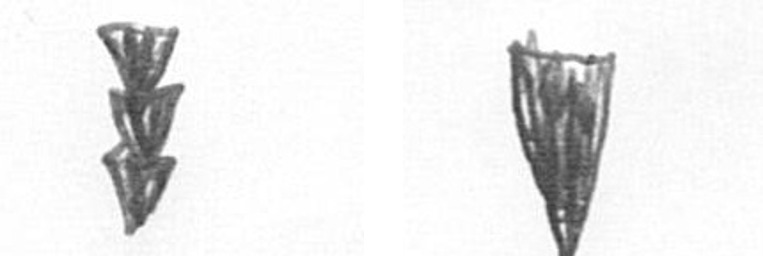
E J